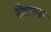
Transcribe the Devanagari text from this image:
रैंडाल्फ